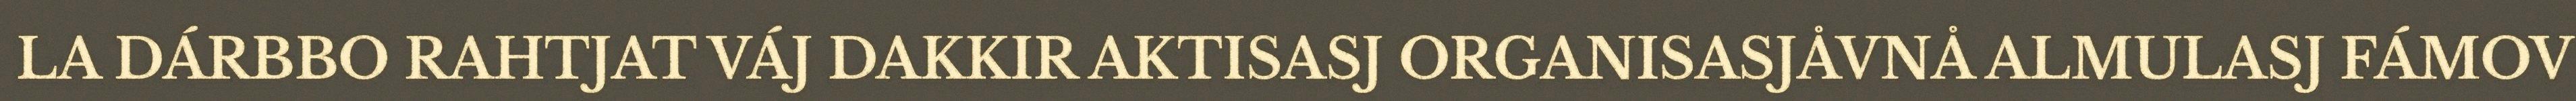
LA DÁRBBO RAHTJAT VÁJ DAKKIR AKTISASJ ORGANISASJÅVNÅ ALMULASJ FÁMOV